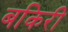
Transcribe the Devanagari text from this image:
बकिरी